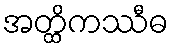
အတ္ထိကဿီဓ